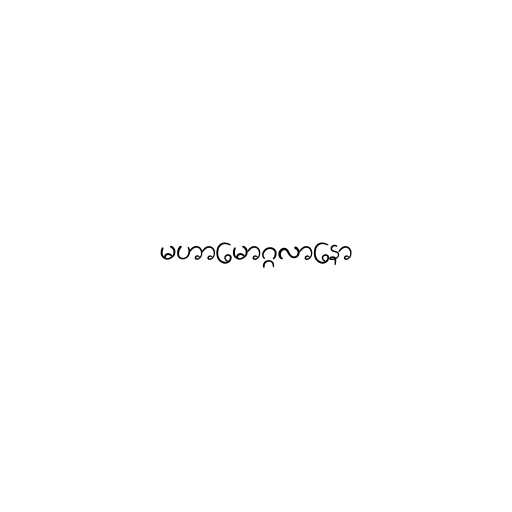
မဟာမောဂ္ဂလာနော